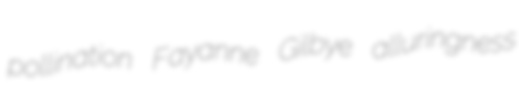
pollination Fayanne Gilbye alluringness